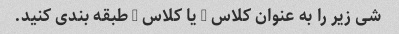
شی زیر را به عنوان کلاس A یا کلاس B طبقه بندی کنید.